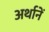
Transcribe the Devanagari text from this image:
अर्थानें